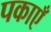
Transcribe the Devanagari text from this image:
पकाएँ